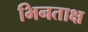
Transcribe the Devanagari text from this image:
भिनताक्ष